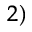
^ { 2 ) }